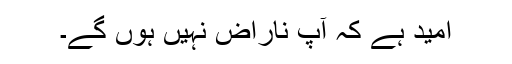
امید ہے کہ آپ ناراض نہیں ہوں گے۔